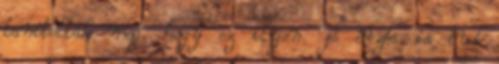
tanították meg. hogy ez ilyen. jó érzés is tud